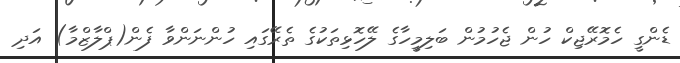
ޑެންގީ ހެމޮރޭޖިކް ހުން ޖެހުމުން ބަލިމީހާގެ ލޭހޮޅިތަކުގެ ތެރޭގައި ހުންނަންވާ ފެން(ޕްލާޒްމާ) އަދި